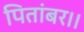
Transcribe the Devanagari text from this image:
पितांबर।।